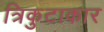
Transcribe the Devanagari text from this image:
त्रिकुटाकार